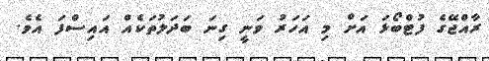
ރާއްޖޭގެ ފުޓްބޯޅަ އަށް މި އަހަރު ވަނީ ގިނަ ބަދަލުތަކެއް އައިސްފަ އެވެ.